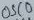
Text: OSC0